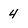
Character: 4